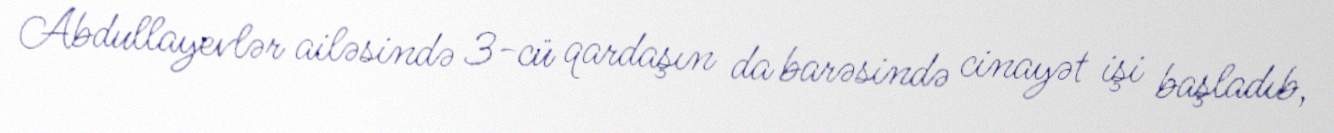
Abdullayevlər ailəsində 3-cü qardaşın da barəsində cinayət işi başladıb,